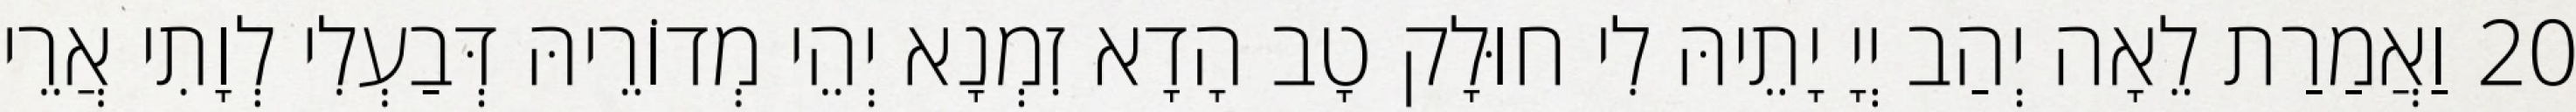
20 וַאֲמַרַת לֵאָה יְהַב יְיָ יָתֵיהּ לִי חוּלָק טָב הָדָא זִמְנָא יְהֵי מְדוֹרֵיהּ דְּבַעְלִי לְוָתִי אֲרֵי